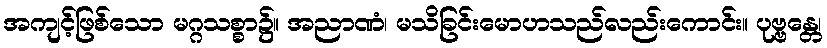
အကျင့်ဖြစ်သော မဂ္ဂသစ္စာ၌။ အညာဏံ၊ မသိခြင်းမောဟသည်လည်းကောင်း။ ပုဗ္ဗန္တေ၊